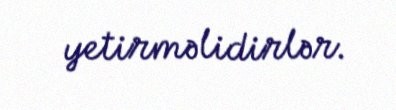
yetirməlidirlər.